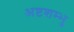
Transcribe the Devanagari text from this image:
अष्टशम्भु